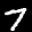
Label: 7